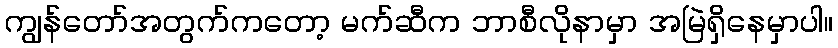
ကျွန်တော်အတွက်ကတော့ မက်ဆီက ဘာစီလိုနာမှာ အမြဲရှိနေမှာပါ။